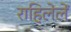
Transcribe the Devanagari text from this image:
राहिलेलें